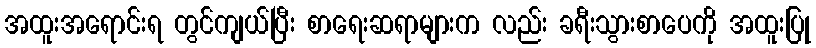
အထူးအရောင်းရ တွင်ကျယ်ပြီး စာရေးဆရာများက လည်း ခရီးသွားစာပေကို အထူးပြု